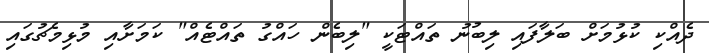
ދެއްކި ކުޅުމަށް ބަލާފައި ލިބުނު ތައްޓަކީ "ލިބެން ހައްގު ތައްޓެއް" ކަމަށާއި މުޅިމެޗުގައި